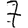
Digit: 7